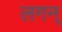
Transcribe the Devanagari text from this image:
लगन्